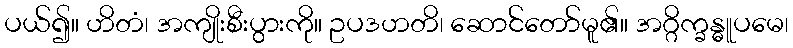
ပယ်၍။ ဟိတံ၊ အကျိုးစီးပွားကို။ ဥပဒဟတိ၊ ဆောင်တော်မူ၏။ အဂ္ဂိက္ခန္ဓူပမေ၊